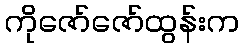
ကိုဇော်ဇော်ထွန်းက